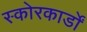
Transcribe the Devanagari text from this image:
स्कोरकार्डों